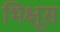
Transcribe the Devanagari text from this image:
भिक्षूस